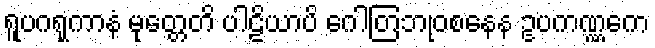
ရူပဂရုကာနံ မုတ္တေတိ ပါဠိယာပိ ဂေါတြဘုဝစနေန ဥပကဏ္ဏကေ